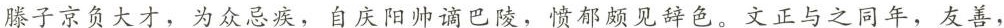
滕子京负大才，为众忌疾，自庆阳帅谪巴陵，愤郁颇见辞色。文正与之同年，友善，